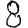
Digit: 8